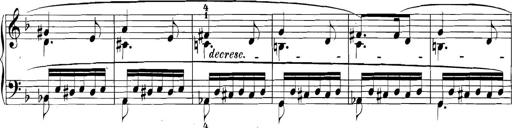
Title: 3 Sonatinas
Composer: Carl Reinecke